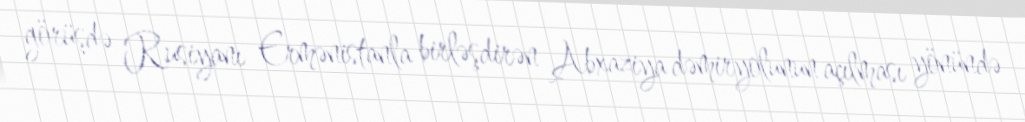
görüşdə Rusiyanı Ermənistanla birləşdirən Abxaziya dəmiryolunun açılması yönündə